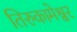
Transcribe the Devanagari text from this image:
तिरुकामेश्वर